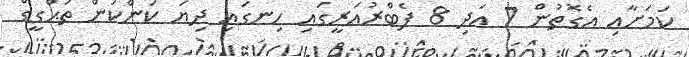
ކަމަށާއި އެގޮތުން 7 އަދި 8 ފެބްރުއަރީގައި ހިނގައި ދިޔަ ކަންކަން ތަޙްގީގް